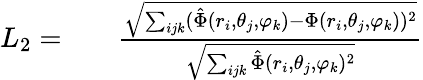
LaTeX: \begin{array}{rlr}{L_{2}=}&{{}}&{\frac{\sqrt{\sum_{ijk}(\hat{\Phi}(r_{i},\theta_{j},\varphi_{k})-{\Phi}(r_{i},\theta_{j},\varphi_{k}))^{2}}}{\sqrt{\sum_{ijk}\hat{\Phi}(r_{i},\theta_{j},\varphi_{k})^{2}}}}\end{array}